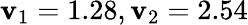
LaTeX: \mathbf{v}_{1}=1.28,\mathbf{v}_{2}=2.54